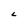
Character: L